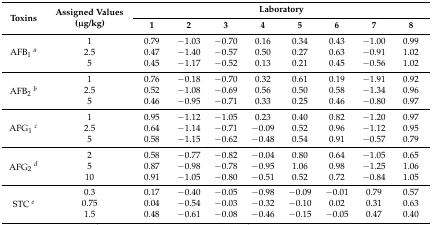
| <ROWSPAN=2> Toxins | <ROWSPAN=2> Assigned Values (μg/kg) | <COLSPAN=8> Laboratory |
 | 1 | 2 | 3 | 4 | 5 | 6 | 7 | 8 |
 | --- | --- | --- | --- | --- | --- | --- | --- | --- | --- |
 | <ROWSPAN=3> AFB1a | 1 | 0.79 | −1.03 | −0.70 | 0.16 | 0.34 | 0.43 | −1.00 | 0.99 |
 | 2.5 | 0.47 | −1.40 | −0.57 | 0.50 | 0.27 | 0.63 | −0.91 | 1.02 |
 | 5 | 0.45 | −1.17 | −0.52 | 0.13 | 0.21 | 0.45 | −0.56 | 1.02 |
 | <ROWSPAN=3> AFB2b | 1 | 0.76 | −0.18 | −0.70 | 0.32 | 0.61 | 0.19 | −1.91 | 0.92 |
 | 2.5 | 0.52 | −1.08 | −0.69 | 0.56 | 0.50 | 0.58 | −1.34 | 0.96 |
 | 5 | 0.46 | −0.95 | −0.71 | 0.33 | 0.25 | 0.46 | −0.80 | 0.97 |
 | <ROWSPAN=3> AFG1c | 1 | 0.95 | −1.12 | −1.05 | 0.23 | 0.40 | 0.82 | −1.20 | 0.97 |
 | 2.5 | 0.64 | −1.14 | −0.71 | −0.09 | 0.52 | 0.96 | −1.12 | 0.95 |
 | 5 | 0.58 | −1.15 | −0.62 | −0.48 | 0.54 | 0.91 | −0.57 | 0.79 |
 | <ROWSPAN=3> AFG2d | 2 | 0.58 | −0.77 | −0.82 | −0.04 | 0.80 | 0.64 | −1.05 | 0.65 |
 | 5 | 0.87 | −0.98 | −0.78 | −0.95 | 1.06 | 0.98 | −1.25 | 1.06 |
 | 10 | 0.91 | −1.05 | −0.80 | −0.51 | 0.52 | 0.72 | −0.84 | 1.05 |
 | <ROWSPAN=3> STC e | 0.3 | 0.17 | −0.40 | −0.05 | −0.98 | −0.09 | −0.01 | 0.79 | 0.57 |
 | 0.75 | 0.04 | −0.54 | −0.03 | −0.32 | −0.10 | 0.02 | 0.31 | 0.63 |
 | 1.5 | 0.48 | −0.61 | −0.08 | −0.46 | −0.15 | −0.05 | 0.47 | 0.40 |